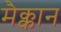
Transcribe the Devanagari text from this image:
मैक्कान